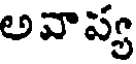
అవాప్య